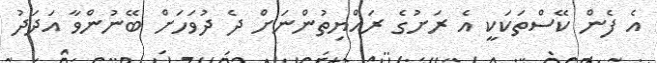
އެ ފެން ކޭސްތަކަކީ އެ ރަށުގެ ރައްޔިތުންނަށް ދެ ދުވަހަށް ބޭނުންވާ އަދަދު